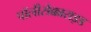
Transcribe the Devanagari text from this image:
पॉलीसैक्काराइड